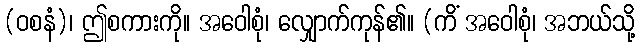
(ဝစနံ)၊ ဤစကားကို။ အဝေါစုံ၊ လျှောက်ကုန်၏။ (ကိံ အဝေါစုံ၊ အဘယ်သို့